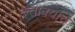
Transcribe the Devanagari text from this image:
दत्तात्रयांचे